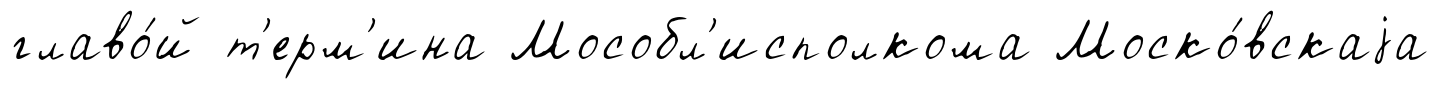
главо́й т'ерм'ина Мособл'исполкома Моско́вскаjа